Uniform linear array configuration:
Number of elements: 64
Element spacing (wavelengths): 1
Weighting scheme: kaiser
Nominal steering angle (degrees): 45
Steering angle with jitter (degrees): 44.091
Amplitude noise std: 0.05
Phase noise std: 0.05

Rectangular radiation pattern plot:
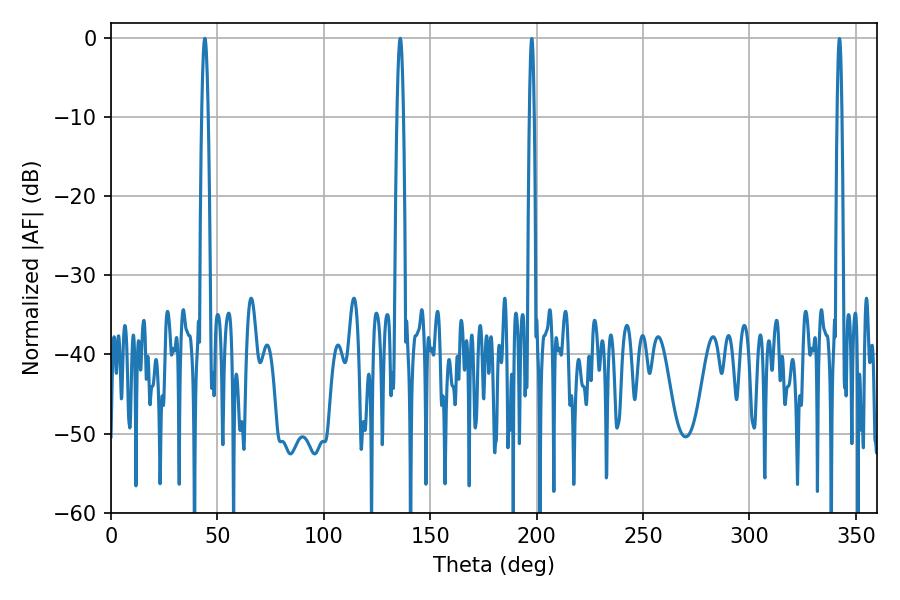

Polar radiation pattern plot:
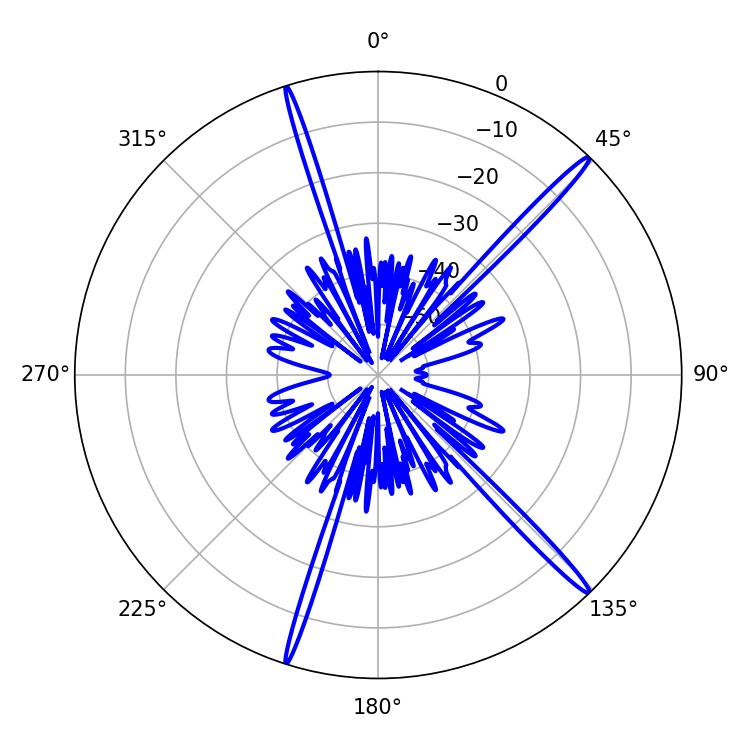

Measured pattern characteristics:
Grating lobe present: TRUE
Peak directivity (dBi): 18.185
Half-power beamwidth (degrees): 1.44
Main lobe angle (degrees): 135.9